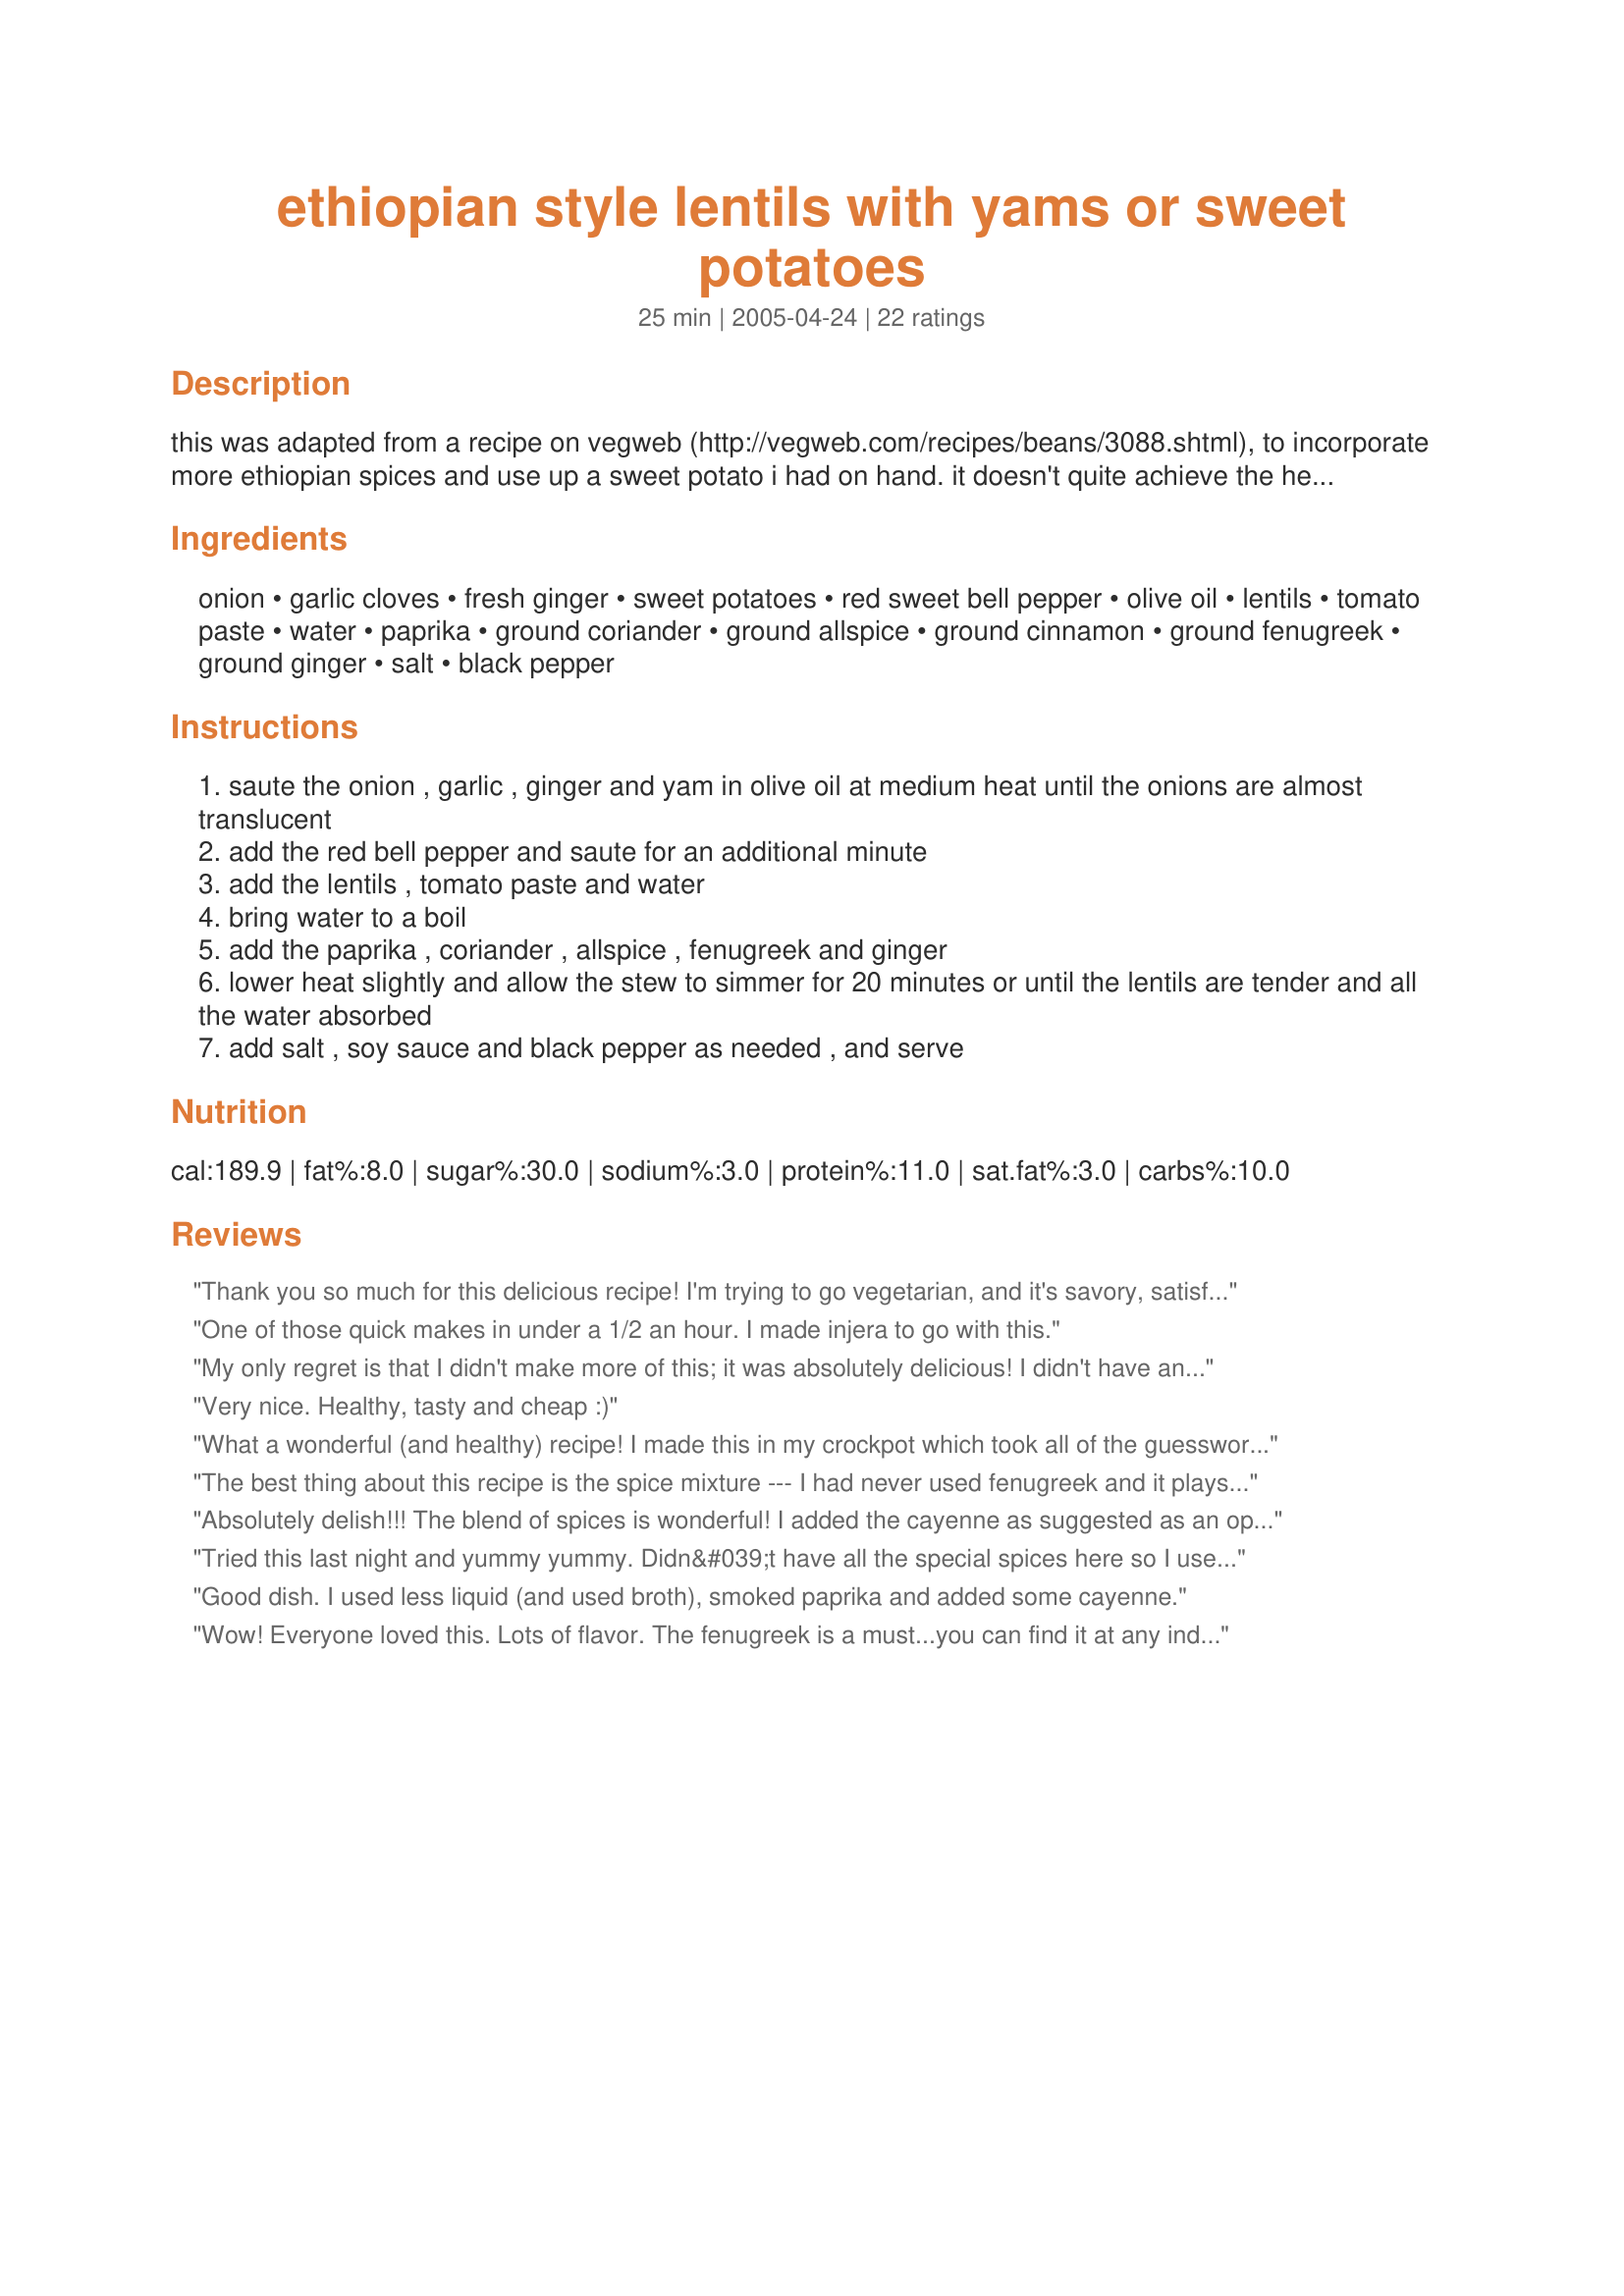
ethiopian style lentils with yams or sweet potatoes
Preparation time: 25 minutes

this was adapted from a recipe on vegweb (http://vegweb.com/recipes/beans/3088.shtml), to incorporate more ethiopian spices and use up a sweet potato i had on hand. it doesn't quite achieve the heights of my favorite ethiopian restaurant, but it's quick, hearty and pretty tasty. braver souls can substitute cayenne for some of the paprika

Ingredients:
onion, garlic cloves, fresh ginger, sweet potatoes, red sweet bell pepper, olive oil, lentils, tomato paste, water, paprika, ground coriander, ground allspice, ground cinnamon, ground fenugreek, ground ginger, salt, black pepper

Steps:
saute the onion , garlic , ginger and yam in olive oil at medium heat until the onions are almost translucent
add the red bell pepper and saute for an additional minute
add the lentils , tomato paste and water
bring water to a boil
add the paprika , coriander , allspice , fenugreek and ginger
lower heat slightly and allow the stew to simmer for 20 minutes or until the lentils are tender and all the water absorbed
add salt , soy sauce and black pepper as needed , and serve

Reviews:
Thank you so much for this delicious recipe! I'm trying to go vegetarian, and it's savory, satisfying recipes like this that really help me to be able to forego meat-based meals. The flavor was WONDERFUL (although I couldn't find Fenugreek at my regular grocery story so I had to do without it this time...I'll have to scout around the ethnic groceries) Thanks again ! I'll definitely be adding this to my meal rotation.
One of those quick makes in under a 1/2 an hour. I made injera to go with this.
My only regret is that I didn't make more of this; it was absolutely delicious! I didn't have any fenugreek, so I just increased all of the other spices, which worked fine. I also added some swiss chard and kale (I added the stalk part of the chard right after the peppers, and the greens at the very end)--worked nicely. I do think I would use a bit less water next time, since it turned out soupier than I had anticipated. I let some of the water boil off at the end and added a bit of bouillon powder for extra flavour. I also used more tomato paste than called for.
Very nice. Healthy, tasty and cheap :)
What a wonderful (and healthy) recipe! I made this in my crockpot which took all of the guesswork out about what to add when. I used a whole sweet potato and 3 tablespoons of red lentils. I also added cayenne pepper, cardamom and some fresh spinach for color. I also had trouble finding fenugreek, but ended up finding it in a local Halal market but spelled "Funigric". I served it with Ethiopian Spiced Honey Bread. . .it was a great combination.
The best thing about this recipe is the spice mixture --- I had never used fenugreek and it plays nicely off of cinnamon and allspice (yum!). Rather than split red lentils, I used whole green lentils, which worked fine --- I just increased the cooking time a little. I also doubled the proportion of lentils in the recipe, which worked well. (I think the pictured version also must have increased the lentil proportion from what is in the written recipe.) The sweet red pepper is the key to this recipe and ties everything together. Thanks so much for posting!
Absolutely delish!!! The blend of spices is wonderful! I added the cayenne as suggested as an option, along w/ the soy & just a touch of fish sauce for saltiness. The only thing I would do differently would be to triple the recipe so I have lots of leftovers. Thank-you, catwolf!
Tried this last night and yummy yummy. Didn&#039;t have all the special spices here so I used a mild curry which turned out much better than I ever anticipated. &lt;br/&gt;stephgwen1966
Good dish. I used less liquid (and used broth), smoked paprika and added some cayenne.
Wow! Everyone loved this. Lots of flavor. The fenugreek is a must...you can find it at any indian market. Also, just before serving I added some fresh lemon juice. I'm addicted. Thank you!!!
This was great; easy to make and a tasty treat.
I'll make it again and again.
I didn't have cinnamon or coriander, so I used 1/4 tsp chili powder and it was pretty good. Also, I used whole green lentils, more than the recipe, and more tomato paste than called for and put it over quinoa. So good. Next time I will put more sweet potato in.
This was our first foray into Ethiopian style dishes. It was simple to make. We used the small pressure cooker, and think we cooked the lentils too far down, they lost their distinct shape. Ours also ended up being hot, as we inadvertently used the Half-Sharp paprika, however, I think much Ethiopian food is hot. We are going to try this again, with the regular paprika and do them less time under pressure and will report back.
This was my first time making anything Ethiopian. Never used fenugreek before either. I made this for myself, as dh does't like sweet potato. I liked it. I did add a touch of cayenne. Thank you very much for this eye-opening recipe.
This is really good and low-cal, too! One comment - the cinnamon is listed in the ingredients, but I did not see where it was supposed to be added to the dish, so I just added it with the other spices.
Great recipe. Unfortunately I couldn't find fenugreek, but I did add cardamom as I had seen it in the recipe for berbere sauce. I would do that again next time! I more than quadrupled the recipe so I had food for a few days, and used cayenne instead of paprika. Perfect spice level- gets the tongue tingling but wasn't too hot. Next time I would use a lot more lentils and less sweet potato, though. Made it with some injera and it was a fantastic meal! Thank you for posting!
A keeper! I really liked this dish! I used sweet potatoes and served over rice. It is real comfort food!
very good, unusual, will make it again.
Delicious! I doubled the recipe, omitted the fenugreek (since I didn't have any), and used about a cup of leftover canned diced tomatoes that was sitting in my fridge. Reduced the proportion of water to compensate. I also cooked the sweet potato in the oil for a bit before adding the onions and red pepper together, followed by the garlic (I can't stand the taste of burnt garlic). Only difference I'll make next time I do this (and there will be a next time) is get my hands on some fenugreek. Thank you for posting!
I tried this recipe initially to share with some vegan friends. I love this recipe and have used it several times now, even though I'm not vegan/vegetarian. :) Easy to prepare, a big hit with everyone who's tried it, and still works great left-over. It's not too spicy for me, full of flavor because of the spices.
Love the flavours. I have made this a few times. I don&#039;t measure the main ingredients exactly, but I do the spices. I have also added cabbage or spinach or kale to it as well. I also use a V8 type juice instead of tomato paste and water. The whole family likes it.
This recipe is WONDERFUL! I find myself making it at least once a week. I don&#039;t have the fenugreek on hand, but add some ground cumin and fennel seeds and it tastes great!
